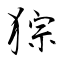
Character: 猔